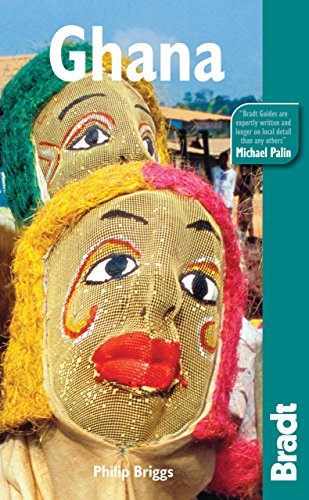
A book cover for Ghana (Bradt Travel Guide); Philip Briggs; Travel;